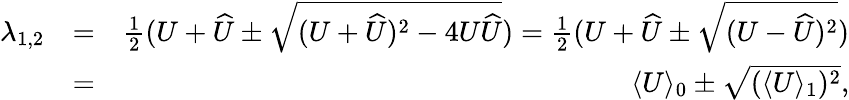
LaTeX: \begin{array}{rlr}{\lambda_{1,2}}&{=}&{\frac{1}{2}(U+\widehat{U}\pm\sqrt{(U+\widehat{U})^{2}-4U\widehat{U}})=\frac{1}{2}(U+\widehat{U}\pm\sqrt{(U-\widehat{U})^{2}})}\\ &{=}&{\langle U\rangle_{0}\pm\sqrt{(\langle U\rangle_{1})^{2}},}\end{array}